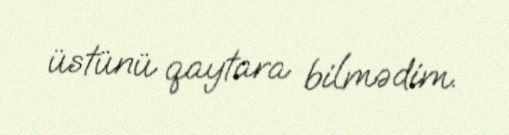
üstünü qaytara bilmədim.